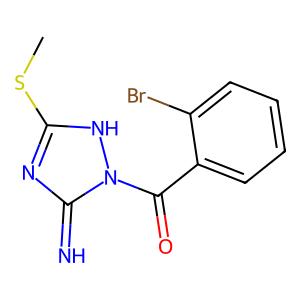
SMILES: CSc1nc(=N)n(C(=O)c2ccccc2Br)[nH]1
Inhibits HIV replication: No